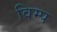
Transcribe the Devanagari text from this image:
विम्प